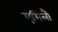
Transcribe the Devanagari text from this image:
एंमिलौ